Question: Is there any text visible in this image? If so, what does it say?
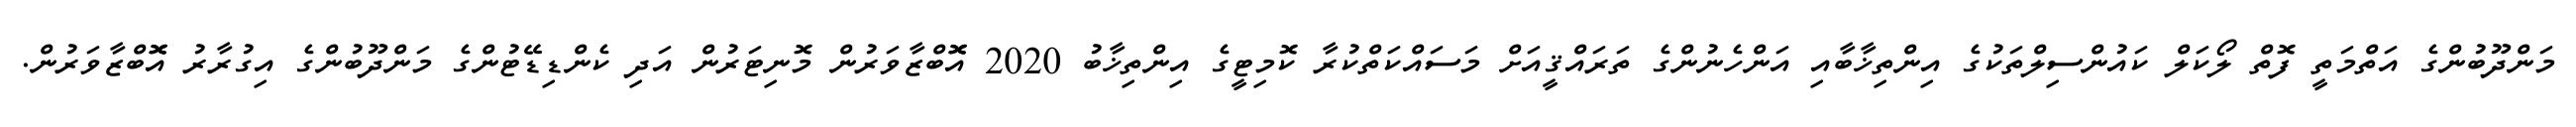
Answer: މަންދޫބުންގެ އަތްމަތީ ފޮތް ލޯކަލް ކައުންސިލްތަކުގެ އިންތިޚާބާއި އަންހެނުންގެ ތަރައްޤީއަށް މަސައްކަތްކުރާ ކޮމިޓީގެ އިންތިޚާބު 2020 އޮޮބްޒާވަރުން މޮނިޓަރުން އަދި ކެންޑިޑޭޓުންގެ މަންދޫބުންގެ އިގުރާރު އޮޮބްޒާވަރުން.